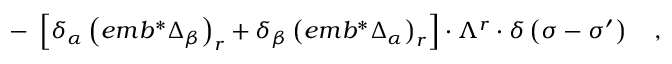
- \; \left[ \delta _ { \alpha } \left( e m b ^ { * } \Delta _ { \beta } \right) _ { r } + \delta _ { \beta } \left( e m b ^ { * } \Delta _ { \alpha } \right) _ { r } \right] \cdot \Lambda ^ { r } \cdot \delta \left( \sigma - \sigma ^ { \prime } \right) \quad ,